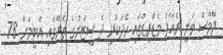
ޖޭމްސް ވަނީ ރެއާލް މެޑްރިޑްގައި ހޭދަކުރި ދެ ސީޒަނުގެ ތެރޭގައި އެޓީމަށް 78